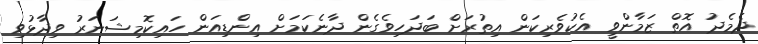
ދެމެދު އޮތް ޒަމާންވީ އެކުވެރިކަން އިތުރަށް ބަދަހިވެގެން ދާނެކަމަށް އިންޑިއަން ހައިކޮމިޝަނަރު ވިދާޅުވި